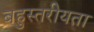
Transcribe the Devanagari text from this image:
बहुस्तरीयता